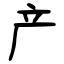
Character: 产